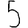
Digit: 5